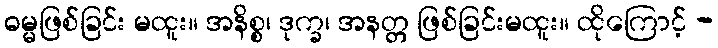
ဓမ္မဖြစ်ခြင်း မထူး။ အနိစ္စ၊ ဒုက္ခ၊ အနတ္တ ဖြစ်ခြင်းမထူး။ ထိုကြောင့် -